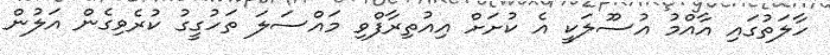
ހާލަތުގައި އާއްމު އުސޫލަކީ އެ ކުށަށް އިއުތިރާފްވި މައްސަލަ ތަހުގީގު ކުރެވިގެން އަލުން